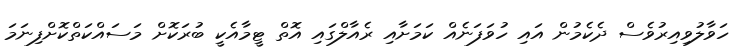
ހަވާލުވިއިރުވެސް ދެކެމުން އައި ހުވަފަނެއް ކަމަށާއި ރެއާލްގައި އޮތް ޓީމާއެކީ ބުރަކޮށް މަސައްކަތްކޮށްފިނަމަ